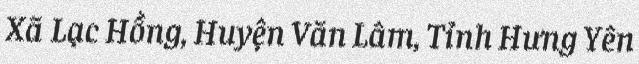
Xã Lạc Hồng, Huyện Văn Lâm, Tỉnh Hưng Yên